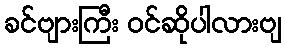
ခင်ဗျားကြီး ဝင်ဆိုပါလားဗျ